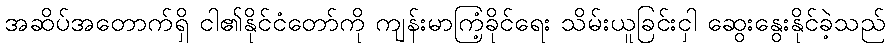
အဆိပ်အတောက်ရှိ ငါ၏နိုင်ငံတော်ကို ကျန်းမာကြံ့ခိုင်ရေး သိမ်းယူခြင်းငှါ ဆွေးနွေးနိုင်ခဲ့သည်